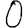
Digit: 0